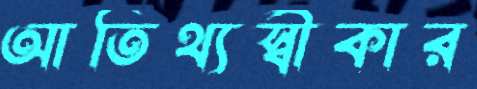
আতিথ্যস্বীকার